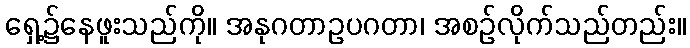
ရှေ့၌နေဖူးသည်ကို။ အနုဂတာဥပဂတာ၊ အစဉ်လိုက်သည်တည်း။